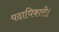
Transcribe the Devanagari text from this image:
पदाधिकारी।